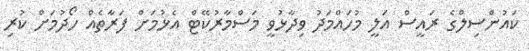
ކައުންސިލްގެ ރައީސް އަލީ މުހައްމަދު ވިދާޅުވީ މަސްމާރުކޭޓް އެޅުމަށް ފަރާތެއް ހޯދުމަށް ކުރި